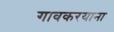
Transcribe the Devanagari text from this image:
गावकरयाना